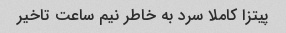
پیتزا کاملا سرد به خاطر نیم ساعت تاخیر